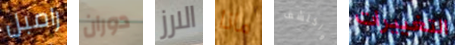
رامبل دوران الارز ماذا واكتشف التغييرات